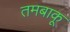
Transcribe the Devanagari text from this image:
तमबाकू